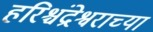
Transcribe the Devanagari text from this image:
हरिश्चंद्रेश्वराच्या